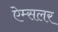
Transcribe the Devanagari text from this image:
ऐम्सलर